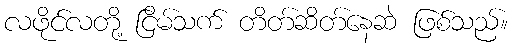
လဖိုင်လတို့ ငြိမ်သက် တိတ်ဆိတ်နေဆဲ ဖြစ်သည်။